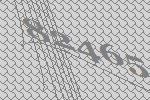
82465